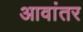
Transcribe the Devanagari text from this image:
आवांतर